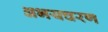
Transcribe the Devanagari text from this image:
अभयचरण